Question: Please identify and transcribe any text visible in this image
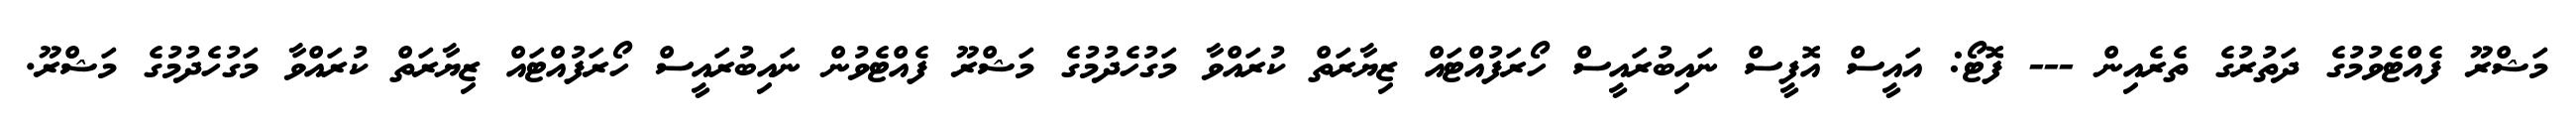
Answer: މަޝްރޫ ފެއްޓެވުމުގެ ދަތުރުގެ ތެރެއިން --- ފޮޓޯ: އައީސް އޮފީސް ނައިބުރައީސް ހޯރަފުއްޓައް ޒިޔާރަތް ކުރައްވާ މަގުހެދުމުގެ މަޝްރޫ ފެއްޓެވުން ނައިބުރައީސް ހޯރަފުއްޓައް ޒިޔާރަތް ކުރައްވާ މަގުހެދުމުގެ މަޝްރޫ.